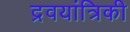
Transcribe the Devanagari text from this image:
द्रवयांत्रिकी